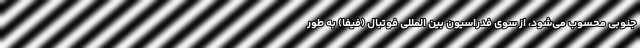
جنوبی محسوب می‌شود، از سوی فدراسیون بین المللی فوتبال (فیفا) به طور